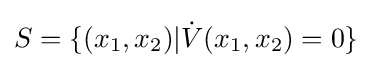
S=\{(x_{1},x_{2})|{\dot {V}}(x_{1},x_{2})=0\}